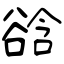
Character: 谽